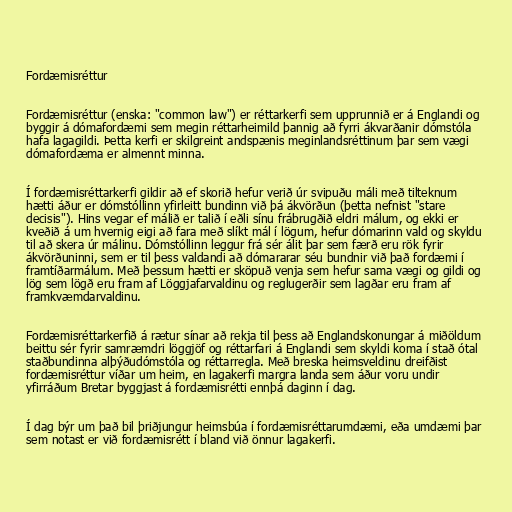
Fordæmisréttur

Fordæmisréttur (enska: "common law") er réttarkerfi sem upprunnið er á Englandi og
byggir á dómafordæmi sem megin réttarheimild þannig að fyrri ákvarðanir dómstóla
hafa lagagildi. Þetta kerfi er skilgreint andspænis meginlandsréttinum þar sem vægi
dómafordæma er almennt minna.

Í fordæmisréttarkerfi gildir að ef skorið hefur verið úr svipuðu máli með tilteknum
hætti áður er dómstóllinn yfirleitt bundinn við þá ákvörðun (þetta nefnist "stare
decisis"). Hins vegar ef málið er talið í eðli sínu frábrugðið eldri málum, og ekki er
kveðið á um hvernig eigi að fara með slíkt mál í lögum, hefur dómarinn vald og skyldu
til að skera úr málinu. Dómstóllinn leggur frá sér álit þar sem færð eru rök fyrir
ákvörðuninni, sem er til þess valdandi að dómararar séu bundnir við það fordæmi í
framtíðarmálum. Með þessum hætti er sköpuð venja sem hefur sama vægi og gildi og
lög sem lögð eru fram af Löggjafarvaldinu og reglugerðir sem lagðar eru fram af
framkvæmdarvaldinu.

Fordæmisréttarkerfið á rætur sínar að rekja til þess að Englandskonungar á miðöldum
beittu sér fyrir samræmdri löggjöf og réttarfari á Englandi sem skyldi koma í stað ótal
staðbundinna alþýðudómstóla og réttarregla. Með breska heimsveldinu dreifðist
fordæmisréttur víðar um heim, en lagakerfi margra landa sem áður voru undir
yfirráðum Bretar byggjast á fordæmisrétti ennþá daginn í dag.

Í dag býr um það bil þriðjungur heimsbúa í fordæmisréttarumdæmi, eða umdæmi þar
sem notast er við fordæmisrétt í bland við önnur lagakerfi.